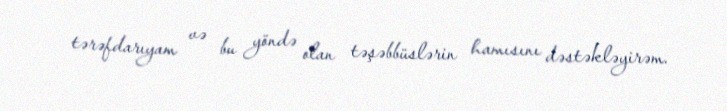
tərəfdarıyam və bu yöndə olan təşəbbüslərin hamısını dəstəkləyirəm.